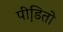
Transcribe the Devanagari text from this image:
पीडि़तो